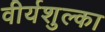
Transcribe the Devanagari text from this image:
वीर्यशुल्का